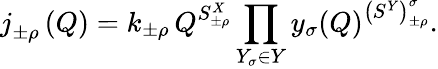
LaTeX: j_{\pm\rho}^{\mathrm{~\, ~}}\left(Q\right)=k_{\pm\rho}\, Q^{S_{\pm\rho}^{X}}\prod_{Y_{\sigma}\in Y}{y}_{\sigma}(Q)^{\left({S^{Y}}\right)_{\pm\rho}^{\sigma}}.